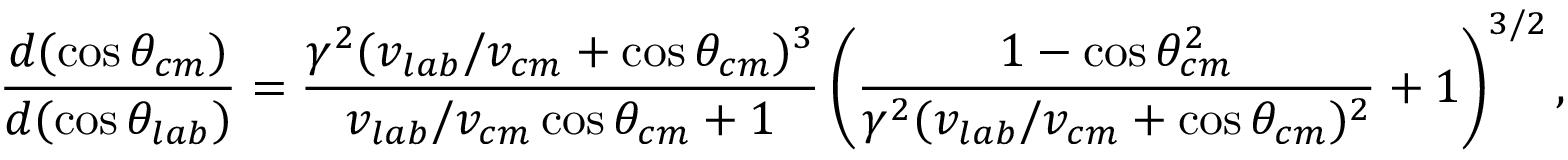
\frac { d ( \cos \theta _ { c m } ) } { d ( \cos \theta _ { l a b } ) } = \frac { \gamma ^ { 2 } ( v _ { l a b } / v _ { c m } + \cos \theta _ { c m } ) ^ { 3 } } { v _ { l a b } / v _ { c m } \cos \theta _ { c m } + 1 } \left( \frac { 1 - \cos \theta _ { c m } ^ { 2 } } { \gamma ^ { 2 } ( v _ { l a b } / v _ { c m } + \cos \theta _ { c m } ) ^ { 2 } } + 1 \right) ^ { 3 / 2 } ,